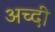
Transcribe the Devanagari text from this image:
अच्दी